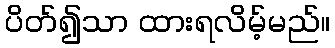
ပိတ်၍သာ ထားရလိမ့်မည်။